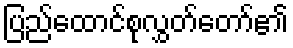
ပြည်ထောင်စုလွှတ်တော်၏